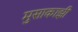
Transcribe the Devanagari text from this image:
मुसाकाझी